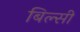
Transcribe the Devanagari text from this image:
बिल्‍सी